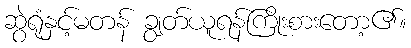
ဆွဲရုံနှင့်မတန် ချွတ်ယူရန်ကြိုးစားတော့၏။